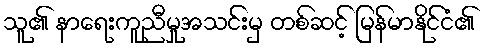
သူ၏ နာရေးကူညီမှုအသင်းမှ တစ်ဆင့် မြန်မာနိုင်ငံ၏